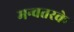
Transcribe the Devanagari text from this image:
मन्वतरके